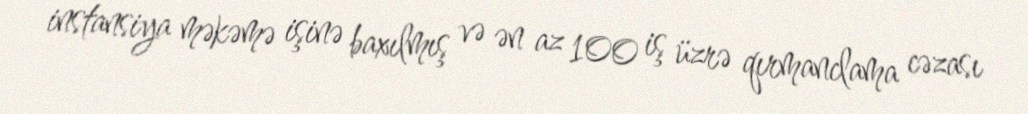
instansiya məkəmə işinə baxılmış və ən az 100 iş üzrə qırmanclama cəzası